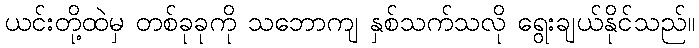
ယင်းတို့ထဲမှ တစ်ခုခုကို သဘောကျ နှစ်သက်သလို ရွေးချယ်နိုင်သည်။